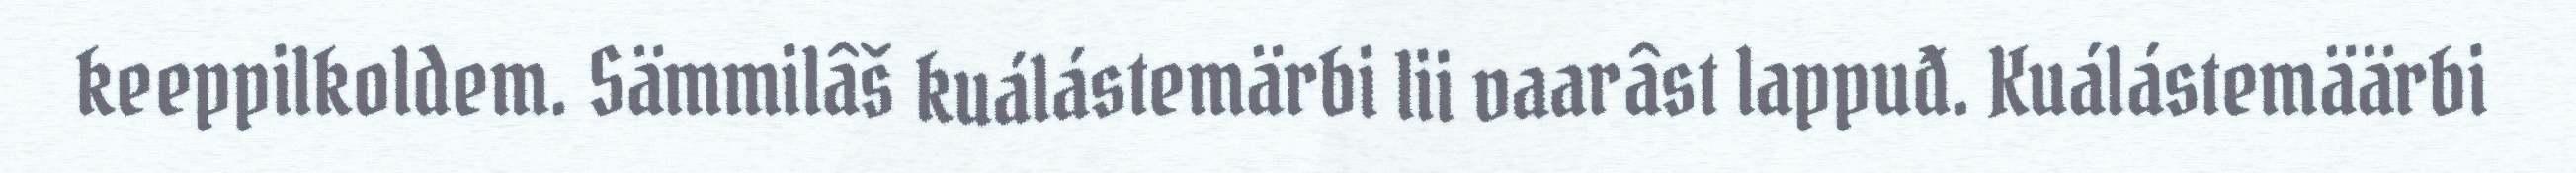
keeppilkoldem. Sämmilâš kuálástemärbi lii vaarâst lappuđ. Kuálástemäärbi